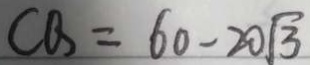
C Q = 6 0 - 2 0 \sqrt { 3 }